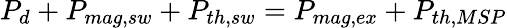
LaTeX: P_{d}+P_{mag,sw}+P_{th,sw}=P_{mag,ex}+P_{th,MSP}